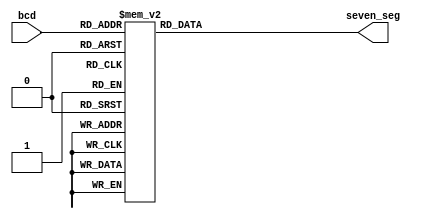
module bcd_to_sev_seg(bcd,seven_seg);

input [3:0] bcd;
output reg [0:6] seven_seg;

always @*
 begin
  case (bcd)
   4'b0000 : begin seven_seg = ~7'b1111110; end
   4'b0001 : begin seven_seg = ~7'b0110000; end
   4'b0010 : begin seven_seg = ~7'b1101101; end
   4'b0011 : begin seven_seg = ~7'b1111001; end
   4'b0100 : begin seven_seg = ~7'b0110011; end
   4'b0101 : begin seven_seg = ~7'b1011011; end
   4'b0110 : begin seven_seg = ~7'b1011111; end
   4'b0111 : begin seven_seg = ~7'b1110000; end
   4'b1000 : begin seven_seg = ~7'b1111111; end
   4'b1001 : begin seven_seg = ~7'b1110011; end
	4'b1010 : begin seven_seg = ~7'b1110111; end //A
	4'b1011 : begin seven_seg = ~7'b0011111; end //B
	4'b1100 : begin seven_seg = ~7'b1001110; end //C
	4'b1101 : begin seven_seg = ~7'b0111101; end //D
	4'b1110 : begin seven_seg = ~7'b1001111; end //E
	4'b1111 : begin seven_seg = ~7'b1000111; end //F
	
   default : begin seven_seg = ~7'b0000000; end
  endcase
 end
endmodule



/*
PIN ASSIGNMENTS

bcd[3]			Input		PIN_F15
bcd[2]			Input		PIN_B14
bcd[1]			Input		PIN_A14
bcd[0]			Input		PIN_A13
seven_seg[0]		Output		PIN_C14
seven_seg[1]		Output		PIN_E15
seven_seg[2]		Output		PIN_C15
seven_seg[3]		Output		PIN_C16
seven_seg[4]		Output		PIN_E16
seven_seg[5]		Output		PIN_D17
seven_seg[6]		Output		PIN_C17

*/